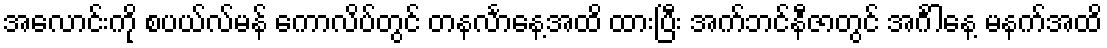
အလောင်းကို စပယ်လ်မန် ကောလိပ်တွင် တနင်္လာနေ့အထိ ထားပြီး အက်ဘင်နီဇာတွင် အင်္ဂါနေ့ မနက်အထိ